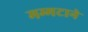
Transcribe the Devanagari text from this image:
मम्मटाने